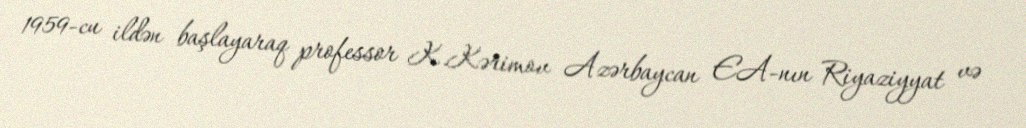
1959-cu ildən başlayaraq professor K.Kərimov Azərbaycan EA-nın Riyaziyyat və